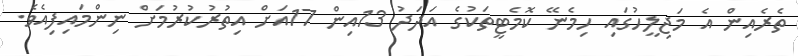
ތެރެއިން އެ މަޖިލީހުގައި ހިމެނޭ ކޮމެޓީތަކުގެ އަދަދު 13އިން 17އަށް އިތުރުކުރުމަށް ނިންމައިފިއެވެ.